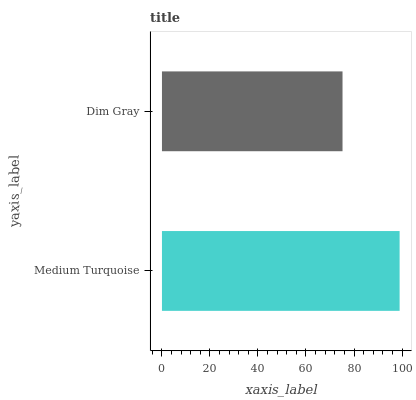
| yaxis_label | bars |
 | --- | --- |
 | Medium Turquoise | 99 |
 | Dim Gray | 75.2 |